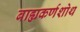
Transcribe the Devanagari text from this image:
बाह्यकर्णशोथ